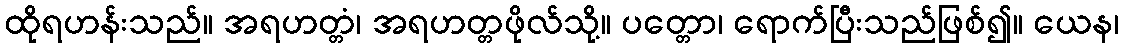
ထိုရဟန်းသည်။ အရဟတ္တံ၊ အရဟတ္တဖိုလ်သို့။ ပတ္တော၊ ရောက်ပြီးသည်ဖြစ်၍။ ယေန၊